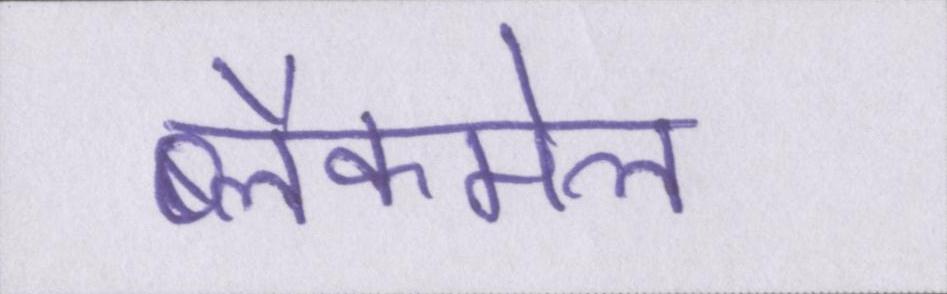
ब्लैकमेल